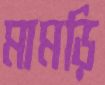
মামড়ি